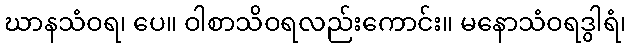
ဃာနသံဝရ၊ ပေ။ ဝါစာသိဝရလည်းကောင်း။ မနောသံဝရဒွါရံ၊